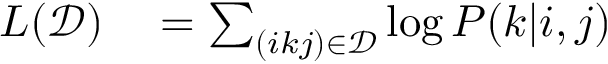
\begin{array} { r l } { L ( \mathcal D ) } & { { } = \sum _ { ( i k j ) \in \mathcal D } \log P ( k | i , j ) } \end{array}